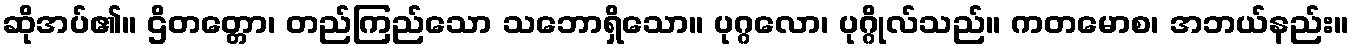
ဆိုအပ်၏။ ဌိတတ္တော၊ တည်ကြည်သော သဘောရှိသော။ ပုဂ္ဂလော၊ ပုဂ္ဂိုလ်သည်။ ကတမောစ၊ အဘယ်နည်း။